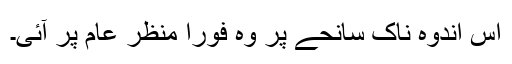
اس اندوہ ناک سانحے پر وہ فوراً منظر عام پر آئی۔